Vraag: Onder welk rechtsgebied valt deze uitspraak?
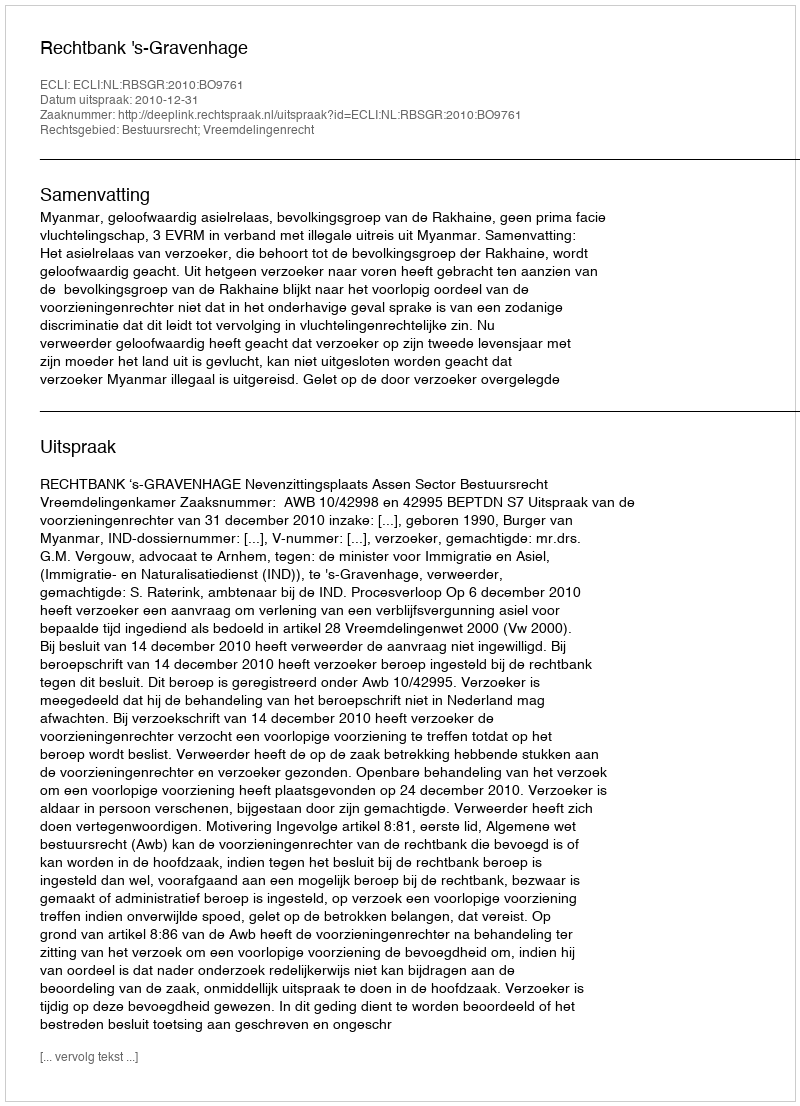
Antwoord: Bestuursrecht; Vreemdelingenrecht